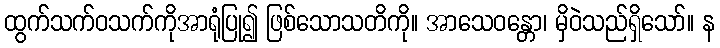
ထွက်သက်ဝသက်ကိုအာရုံပြု၍ ဖြစ်သောသတိကို။ အာသေဝန္တော၊ မှိဝဲသည်ရှိသော်။ န